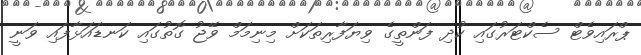
ޕްރައިވެޓް ސެކްޓަރުގައި ކުދި ފަންތީގެ ވިޔަފާރިތަކަށް މިނިމަމް ވޭޖު ގޮތުގައި ކަނޑައަޅާފައި ވަނީ